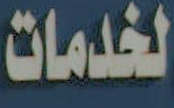
لخدمات